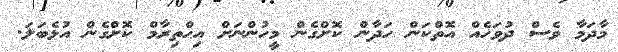
މާދަމާ ވެސް ދުވަހެއް އޮތްކަން ހަދާން ކޮށްގެން މީހުންނަށް އިޙްތިރާމް ކޮށްގެން އުޅެބަލަ.